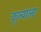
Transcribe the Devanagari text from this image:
कृत्याला